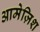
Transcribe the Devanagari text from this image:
आमेज़िश